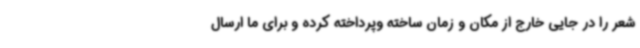
شعر را در جایی خارج از مکان و زمان ساخته وپرداخته کرده و برای ما ارسال